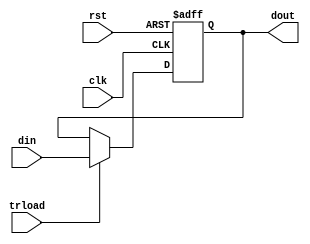
/*, 12-7*/
module tr(din, clk,rst, trload, dout);
input [7:0] din;
input clk, rst, trload;
output [7:0] dout;
reg [7:0]dout;
always @(posedge clk or negedge rst)
	if(!rst)
	dout<=0;
	else if(trload)
	dout<=din;
endmodule